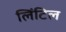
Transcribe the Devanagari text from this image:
लिंटिल